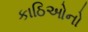
કાઠિઓનો